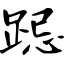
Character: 跽